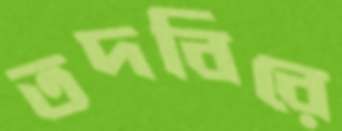
তদবিরে